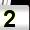
Digit: 2